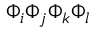
\Phi _ { i } \Phi _ { j } \Phi _ { k } \Phi _ { l }